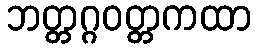
ဘတ္တဂ္ဂဝတ္တကထာ